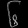
Digit: ၆